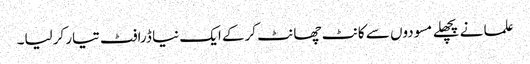
علما نے پچھلے مسودوں سے کانٹ چھانٹ کرکے ایک نیا ڈرافٹ تیار کرلیا۔